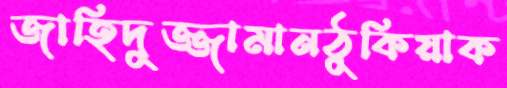
জাহিদুজ্জামানঠুকিয়াক